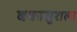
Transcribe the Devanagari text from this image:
बकासुराला